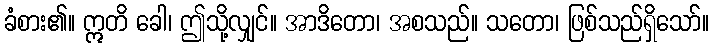
ခံစား၏။ ဣတိ ခေါ၊ ဤသို့လျှင်။ အာဒိတော၊ အစသည်။ သတော၊ ဖြစ်သည်ရှိသော်။